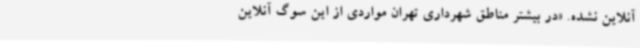
آنلاین نشده. «در بیشتر مناطق شهرداری تهران مواردی از این سوگ آنلاین